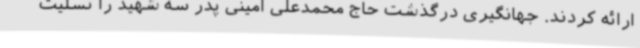
ارائه کردند. جهانگیری درگذشت حاج محمدعلی امینی پدر سه شهید را تسلیت